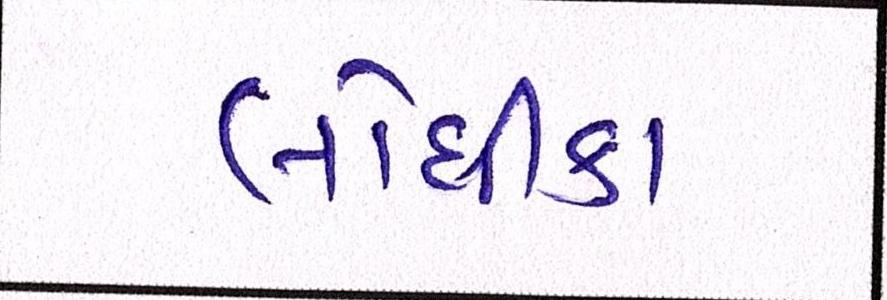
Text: લોધીકા